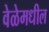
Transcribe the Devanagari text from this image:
वेळेमधील